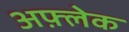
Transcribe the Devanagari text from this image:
अफ़्लेक